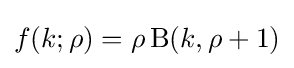
f(k;\rho )=\rho \operatorname {B} (k,\rho +1)